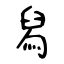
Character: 舄